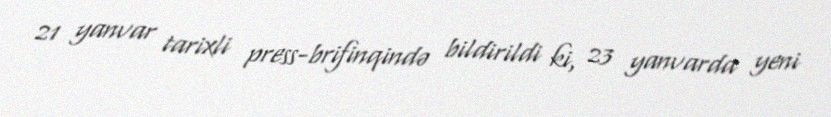
21 yanvar tarixli press-brifinqində bildirildi ki, 23 yanvarda yeni